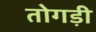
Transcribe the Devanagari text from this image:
तोगड़ी